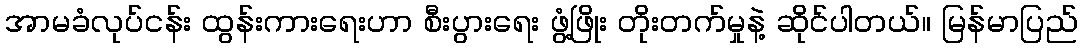
အာမခံလုပ်ငန်း ထွန်းကားရေးဟာ စီးပွားရေး ဖွံ့ဖြိုး တိုးတက်မှုနဲ့ ဆိုင်ပါတယ်။ မြန်မာပြည်